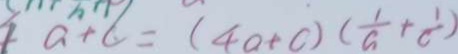
a + c = ( 4 a + c ) ( \frac { 1 } { a } + \frac { 1 } { c } )